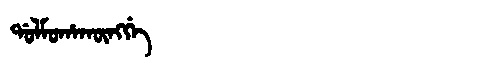
Manchu: ᡩᠣᠯᠮᠣᡥᠠᡴᡡᠩᡤᡝ
Romanization: DOLMOHAKŪNGGE